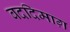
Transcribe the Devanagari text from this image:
बददिमाग़